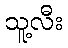
သူ့လီး